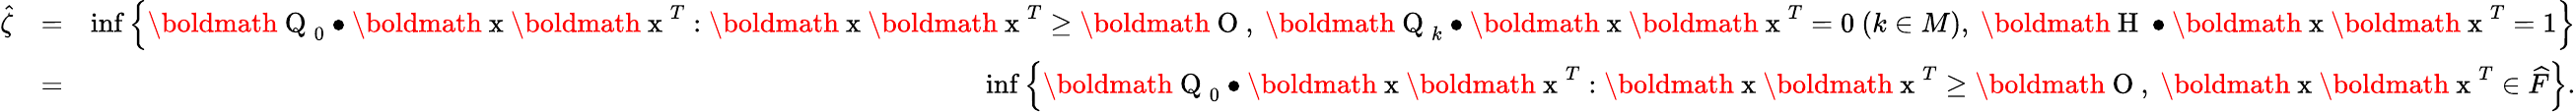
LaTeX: \begin{array}{rlr}{\hat{\zeta}}&{=}&{\operatorname*{inf}\left\{ \mathrm{\boldmath~Q~}_{0}\bullet\mathrm{\boldmath~x~}\mathrm{\boldmath~x~}^{T}:\mathrm{\boldmath~x~}\mathrm{\boldmath~x~}^{T}\geq\mathrm{\boldmath~O~},\ \mathrm{\boldmath~Q~}_{k}\bullet\mathrm{\boldmath~x~}\mathrm{\boldmath~x~}^{T}=0\ (k\in M),\ \mathrm{\boldmath~H~}\bullet\mathrm{\boldmath~x~}\mathrm{\boldmath~x~}^{T}=1\right\} }\\ &{=}&{\operatorname*{inf}\left\{ \mathrm{\boldmath~Q~}_{0}\bullet\mathrm{\boldmath~x~}\mathrm{\boldmath~x~}^{T}:\mathrm{\boldmath~x~}\mathrm{\boldmath~x~}^{T}\geq\mathrm{\boldmath~O~},\ \mathrm{\boldmath~x~}\mathrm{\boldmath~x~}^{T}\in\widehat{F}\right\} .}\end{array}